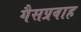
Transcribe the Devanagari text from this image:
गैसप्रवाह